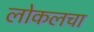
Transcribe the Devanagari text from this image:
लोकलचा